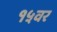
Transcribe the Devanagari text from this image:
१५वर